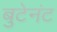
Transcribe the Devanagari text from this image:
बुटेनंट